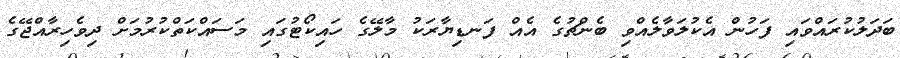
ބަދަލުކުރައްވައި ފަހުން އެކުލަވާލެއްވި ބެންޗުގެ އެއް ފަނޑިޔާރަކު މާލޭގެ ހައިކޯޓުގައި މަސައްކަތްކުރުމަށް ދިވެހިރާއްޖޭގެ